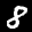
Label: 8